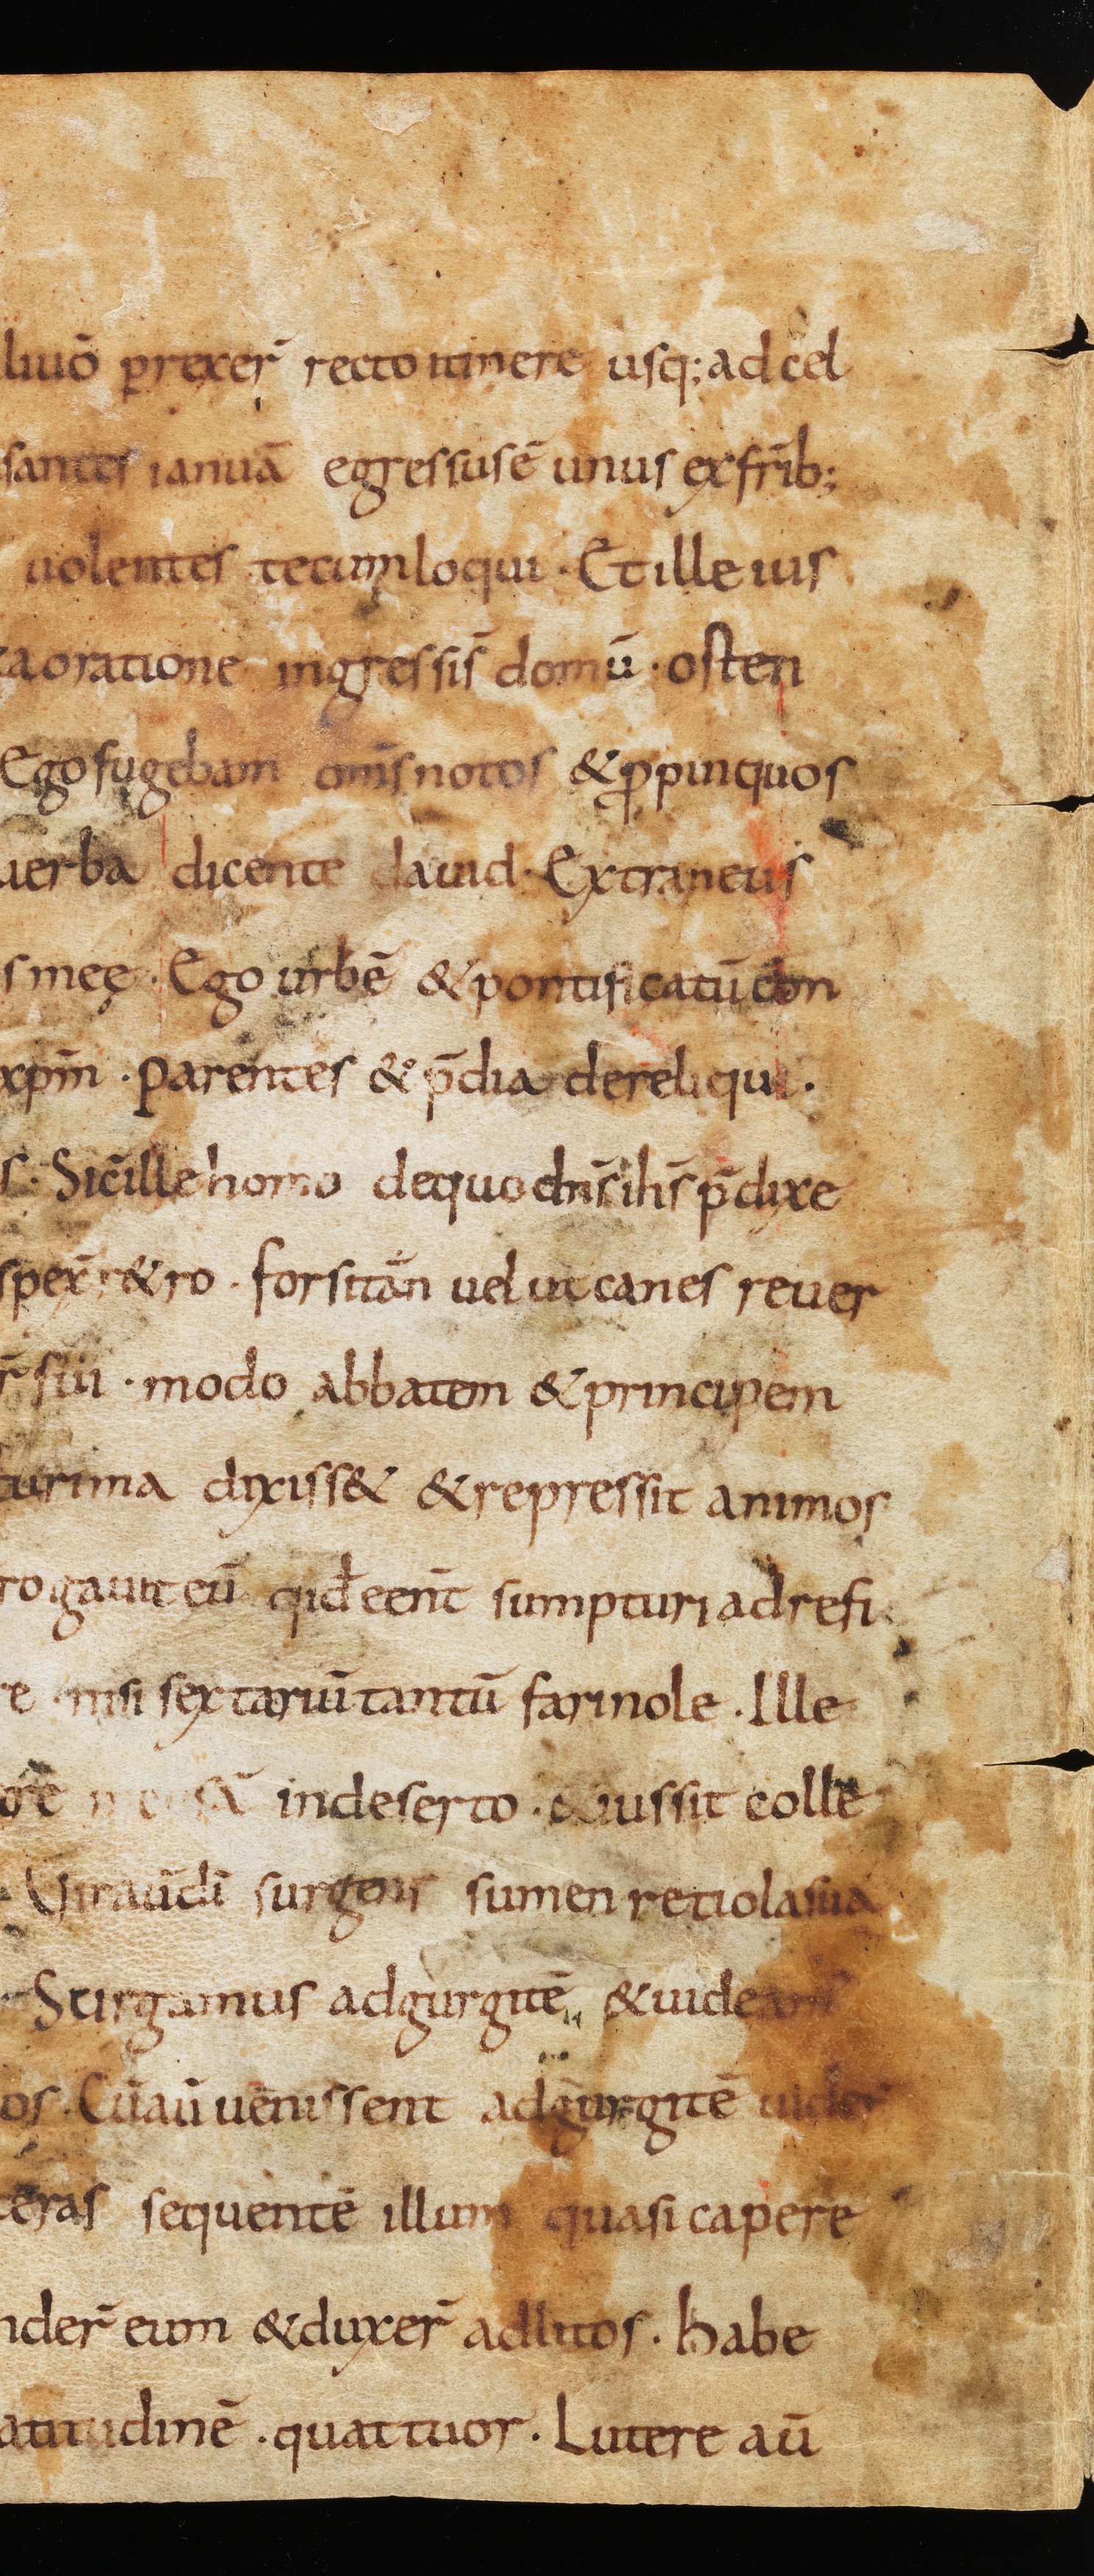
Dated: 800–849